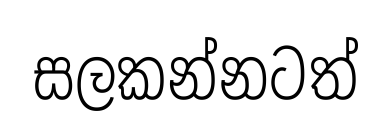
සලකන්නටත්